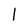
Character: I